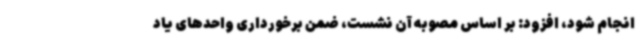
انجام شود، افزود: بر اساس مصوبه آن نشست، ضمن برخورداری واحدهای یاد